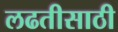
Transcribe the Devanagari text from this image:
लढतीसाठी